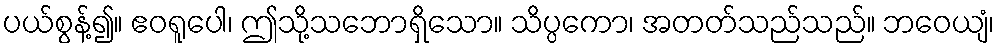
ပယ်စွန့်၍။ ဧဝရူပေါ၊ ဤသို့သဘောရှိသော။ သိပ္ပကော၊ အတတ်သည်သည်။ ဘဝေယျံ၊